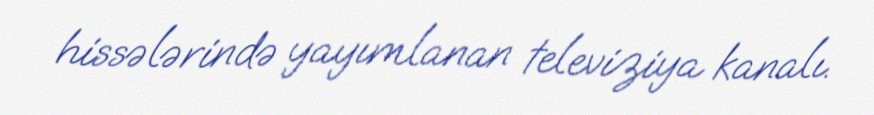
hissələrində yayımlanan televiziya kanalı.